Report on malaria in the Punjab during the year ...  together with an account of the work of the Punjab Malaria Bureau - Volume 1
Disease focus: Malaria
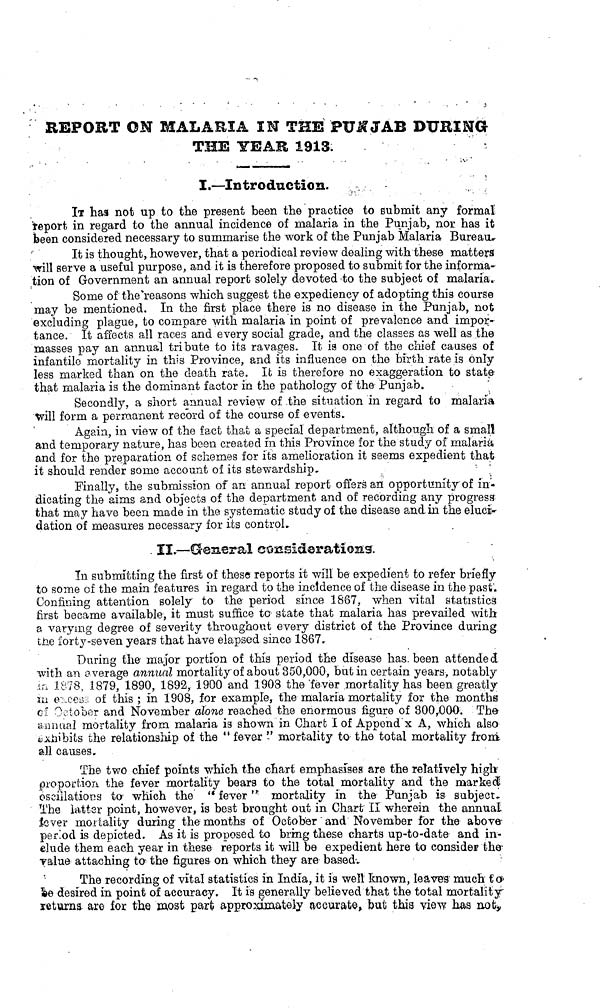
REPORT ON MALARIA IN THE PUNJAB DURING
THE YEAR 1913.
I.—Introduction.
IT has not up to the present been the practice to submit any formal
report in regard to the annual incidence of malaria in the Punjab, nor has it
been considered necessary to summarise the work of the Punjab Malaria Bureau.
It is thought, however, that a periodical review dealing with these matters
will serve a useful purpose, and it is therefore proposed to submit for the informa-
tion of Government an annual report solely devoted to the subject of malaria.
Some of the reasons which suggest the expediency of adopting this course
may be mentioned. In the first place there is no disease in the Punjab, not
excluding plague, to compare with malaria in point of prevalence and impor-
tance. It affects all races and every social grade, and the classes as well as the
masses pay an annual tribute to its ravages. It is one of the chief causes of
infantile mortality in this Province, and its influence on the birth rate is only
less marked than on the death rate. It is therefore no exaggeration to state
that malaria is the dominant factor in the pathology of the Punjab.
Secondly, a short annual review of .the situation in regard to malaria
will form a permanent record of the course of events.
Again, in view of the fact that a special department, although of a small
and temporary nature, has been created in this Province for the stud;/ of malaria
and for the preparation of schemes for its amelioration it seems expedient that
it should render some account of its stewardship.
Finally, the submission of an annual report offers an opportunity of in-
dicating the aims and objects of the department and of recording any progress
that may have been made in the systematic study of the disease and in the eluci-
dation of measures necessary for its control.
II.—General considerations.
In submitting the first of these reports it will be expedient to refer briefly
to some of the main features in regard to the incidence of the disease in the past.
Confining attention solely to the period since 1867, when vital statistics
first became available, it must suffice to state that malaria has prevailed with
a varying degree of severity throughout every district of the Province during
the forty-seven years that have elapsed since 1867,
During the major portion of this period the disease has been attended
with an average annual mortality of about 350,000, but in certain years, notably
in 1878, 1879, 1890, 1892, 1900 and 1908 the fever mortality has been greatly
in excess of this ; in 1908, for example, the malaria mortality for the months
of October and November alone reached the enormous figure of 300,000. The
annual mortality from malaria is shown in Chart I of Appendix A, which also
exhibits the relationship of the " fever " mortality to the total mortality from
all causes.
The two chief points which the chart emphasises are the relatively high
proportion the fever mortality bears to the total mortality and the marked
osculations to which the " fever " mortality in the Punjab is subject.
The latter point, however, is best brought out in Chart II wherein the annual
fever mortality during the months of October and November for the above
period is depicted. As it is proposed to bring these charts up-to-date and in-
clude them each year in these reports it will be expedient here to consider the
value attaching ta the figures on which they are based.
The recording of vital statistics in India, it is well known, leaves much to
be desired in point of accuracy. It is generally believed that the total mortality
returns are for the most part approximately accurate, but this view has not,